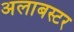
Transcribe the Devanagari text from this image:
अलाबस्टर